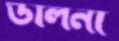
ডালনা